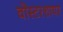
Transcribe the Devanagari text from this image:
वोस्टरशायर